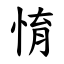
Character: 㥔